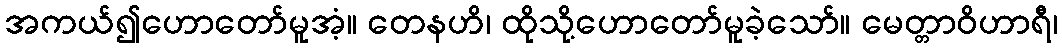
အကယ်၍ဟောတော်မူအံ့။ တေနဟိ၊ ထိုသို့ဟောတော်မူခဲ့သော်။ မေတ္တာဝိဟာရီ၊